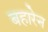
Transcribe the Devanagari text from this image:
बहारेन